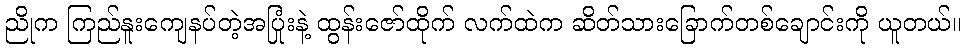
ညိုက ကြည်နူးကျေနပ်တဲ့အပြုံးနဲ့ ထွန်းဇော်ထိုက် လက်ထဲက ဆိတ်သားခြောက်တစ်ချောင်းကို ယူတယ်။